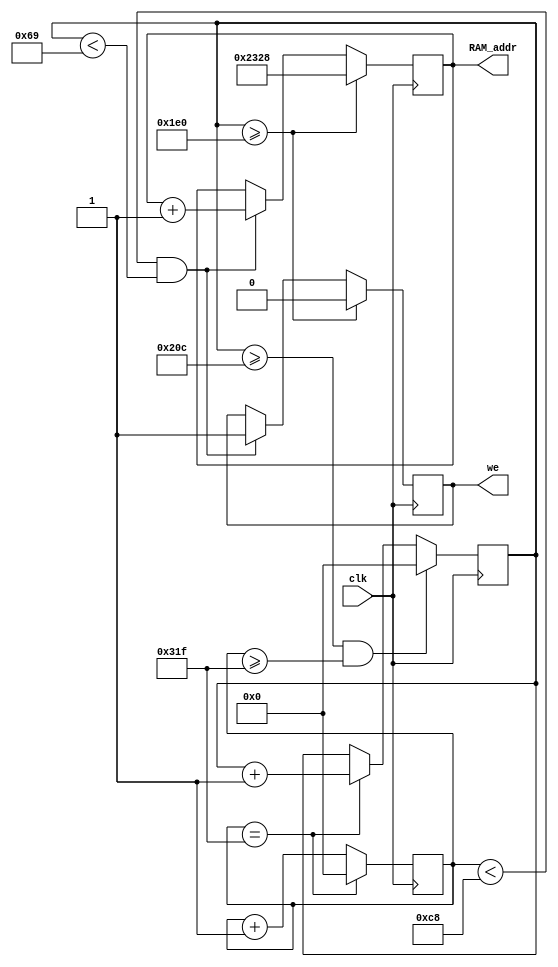
module addr_character(
input clk,
output [15:0] RAM_addr,
output we
);

	parameter hRez         = 639; 
	parameter hStartSync   = 659; 
	parameter hEndSync     = 755; 
	parameter hMaxCount    = 799; 
	
	parameter vRez         = 480; 
	parameter vStartSync   = 493; 
	parameter vEndSync     = 494; 
	parameter vMaxCount    = 524; 
reg [15:0] counter = {16{1'b0}};
reg [15:0] address = 16'd9000;
reg wenable = 1'b1;
reg [9:0] hCounter = {10{1'b0}};
	reg [9:0] vCounter = {10{1'b0}};


always @ (posedge clk) begin

	 

	    if (hCounter == hMaxCount)	
            hCounter <= 10'd0;
        else    
            hCounter <= hCounter + 10'd1;
	    
	
	    if ((vCounter >= vMaxCount) && (hCounter >= hMaxCount))
            vCounter <= 10'd0;
        else if (hCounter == hMaxCount)
            vCounter <= vCounter + 10'd1;
	if(vCounter >= vRez) begin
                       address <= 16'd9000;
                       wenable <= 1'b0;
                   
                    end
                    else begin
                        if(hCounter < 200 && vCounter < 105) begin
                   
        
                           wenable <= 1'b1; 
                           address <= address+1'b1;
                        end
                        end
end

assign RAM_addr = address;
assign we = wenable;

endmodule